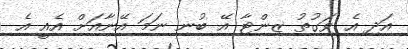
އަދި އެ ވަގުތު ޒިންޓާ އޭ ބުނި ނަމަ އޭނާއަށް އެއީ އެ